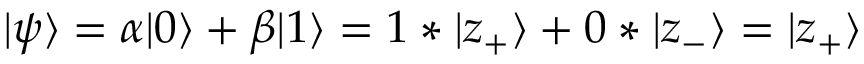
| \psi \rangle = \alpha | 0 \rangle + \beta | 1 \rangle = 1 * | z _ { + } \rangle + 0 * | z _ { - } \rangle = | z _ { + } \rangle